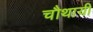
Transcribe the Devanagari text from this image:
चौथायी